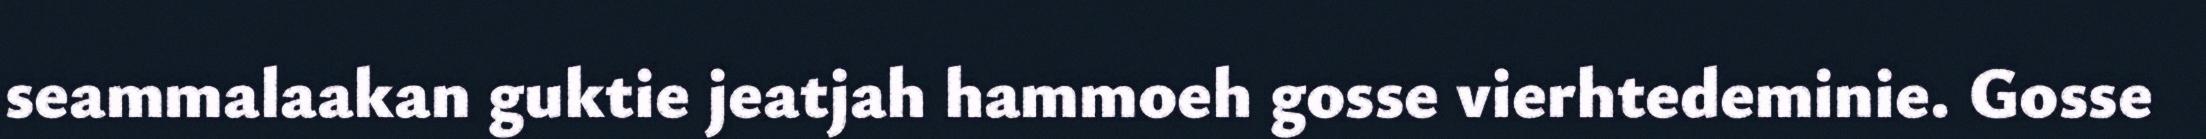
seammalaakan guktie jeatjah hammoeh gosse vierhtedeminie. Gosse